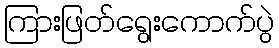
ကြားဖြတ်ရွေးကောက်ပွဲ